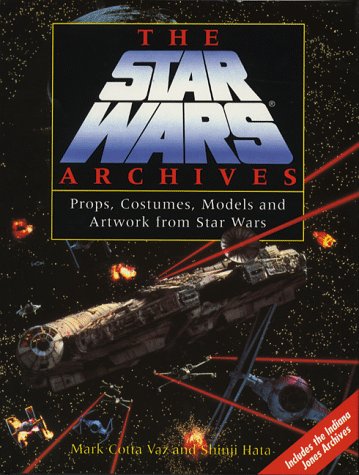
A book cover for The Star Wars Archives: Props, Costumes, Models and Artwork from Star Wars; Mark Cotta Vaz; Arts & Photography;